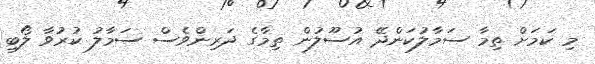
މި ކަމަށް ތިމާ ސަމާލުކަންދޭ އުސޫލުން ތިމާގެ ދަރިންވެސް ސަމާލު ކުރުވާ ލޯބި